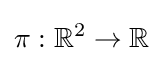
\pi :\mathbb {R} ^{2}\rightarrow \mathbb {R}